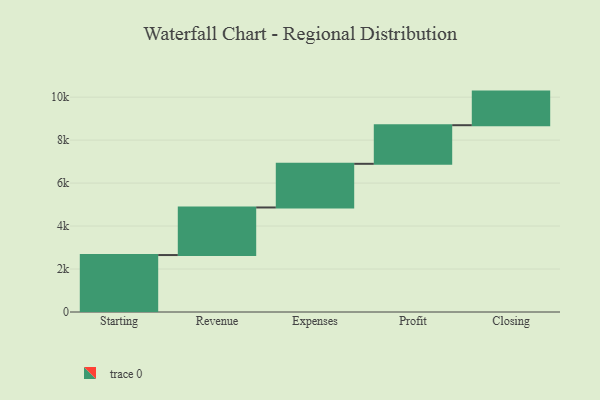
{"axis": {"x": "Step", "y": "Value"}, "legend": [""], "data": [{"x": "Starting", "y": 2651.0, "type": ""}, {"x": "Revenue", "y": 2214.0, "type": ""}, {"x": "Expenses", "y": 2032.0, "type": ""}, {"x": "Profit", "y": 1797.0, "type": ""}, {"x": "Closing", "y": 1564.0, "type": ""}]}